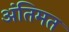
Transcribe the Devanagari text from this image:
अंतिमत